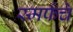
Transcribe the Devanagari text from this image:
स्मर्फचे